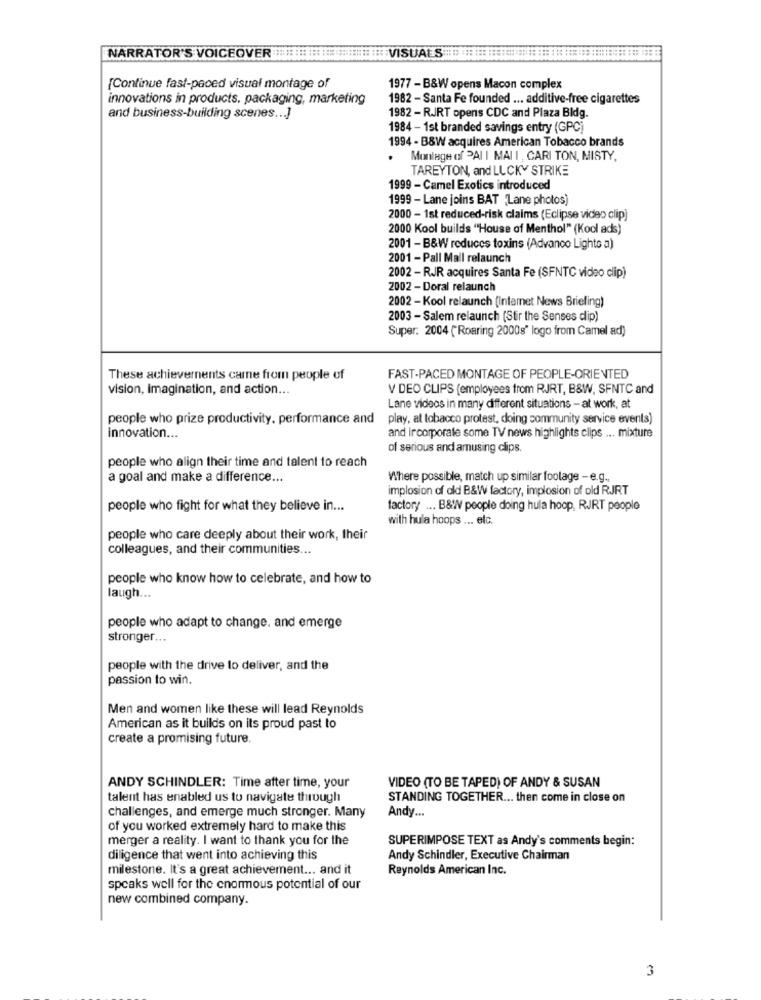
NARRATOR'S VOICEOVER :::::::::============ VISUALS ====::::::::::::::::::::::::::::::::::::::
{Continue fast-paced visual montage of
1977 - B&W opens Macon complex
innovations in products, packaging, marketing
1982 - Santa Fe founded ... additive-free cigarettes
and business-building scenes ... ]
1982 - RJRT opens CDC and Plaza Bidg.
1984 - 1st branded savings entry (GPC)
1994 - B&W acquires American Tobacco brands
. Montage of PAI I MALI , CARI TON, MISTY,
TAREYTON, and LUCKY STRIKE
1999 - Camel Exotics introduced
1999 - Lane joins BAT "Lane photos)
2000 - 1st reduced-risk claims (Eclipse video clip)
2000 Kool builds "House of Menthol" (Kool ads)
2001 - B&W reduces toxins (Advanco Lights a)
2001 - Pall Mall relaunch
2002 - RJR acquires Santa Fe (SFNTC video clip)
2002 - Doral relaunch
2002 - Kool relaunch (Internet News Briefing)
2003 - Salem relaunch (Stir the Senses dip)
Super: 2004 ("Roaring 2000s" logo from Camel ad)
These achievements came from people of
FAST-PACED MONTAGE OF PEOPLE-ORIENTED
vision, imagination, and action ...
V DEO CLIPS (employees from RJRT, B&W, SFNTC and
Lane videos in many different situations - at work, at
people who prize productivity. performance and
play, at tobacco protest, doing community service events)
innovation ...
and ircorporate some TV news highlights clips ... mixture
of serious and amusing clips.
people who align their time and talent to reach
a goal and make a difference ...
Where possible, match up similar footage -e.g .,
implosion of old B&W factory, implosion of old RJRT
people who fight for what they believe in ...
factory ... B&W people doing hula hoop, RJRT people
with hula hoops ... elc.
people who care deeply about their work, their
colleagues, and their communities ...
people who know how to celebrate, and how to
laugh ...
people who adapt to change, and emerge
stronger ...
people with the drive to deliver, and the
passion to win.
Men and women like these will lead Reynolds
American as it builds on its proud past to
create a promising future.
ANDY SCHINDLER: Time after time, your
VIDEO (TO BE TAPED) OF ANDY & SUSAN
talent has enabled us to navigate through
STANDING TOGETHER ... then come in close on
challenges, and emerge much stronger. Many
Andy ...
of you worked extremely hard to make this
merger a reality. I want to thank you for the
SUPERIMPOSE TEXT as Andy's comments begin:
diligence that went into achieving this
Andy Schindler, Executive Chairman
milestone. It's a great achievement ... and it
Reynolds American Inc.
spcaks well for the enormous potential of our
new combined company.
3